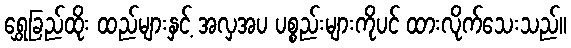
ရွှေခြည်ထိုး ထည်များနှင့် အလှအပ ပစ္စည်းများကိုပင် ထားလိုက်သေးသည်။